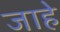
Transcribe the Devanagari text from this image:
जाहे